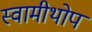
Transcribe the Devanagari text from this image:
स्वामीथोप